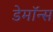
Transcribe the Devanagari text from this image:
डेमॉन्स